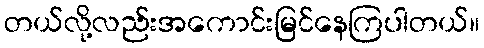
တယ်လို့လည်းအကောင်းမြင်နေကြပါတယ်။